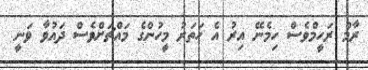
ރާމް ރަހީމްވެސް ހިމެނޭ އިރު އެ ހަތަރު މީހުންގެ މައްޗަށްވެސް ދައުވާ ވަނީ